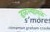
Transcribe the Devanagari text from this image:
ढळल्यामुळे